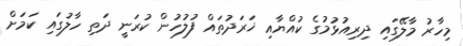
މިހާރު މާލޭގައި ދިރިއުޅުމުގެ ކުއްޔާއި ޚަރަދުތައް ފުލުހުން ކުރަނީ ދަތި ހާލުގައި ކަމަށް